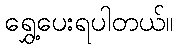
ရွှေ့ပေးရပါတယ်။